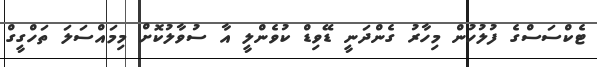
ޓެކްސަސްގެ ފުލުހުން މިހާރު ގެންދަނީ ޑޭވިޑް ކުވެންލީ އާ ސުވާލުކޮށް މިމައްސަލަ ތަހްގީގް